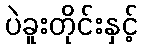
ပဲခူးတိုင်းနှင့်